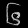
Digit: ၆